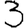
Digit: 3